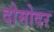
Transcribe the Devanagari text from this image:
दोमोदर